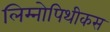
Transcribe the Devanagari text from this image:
लिम्नोपिथीकस